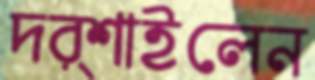
দর্শাইলেন